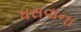
ધસવાના